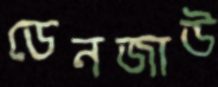
ডেনজাউ